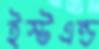
ইস্টএন্ড